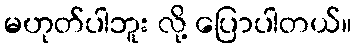
မဟုတ်ပါဘူး လို့ ပြောပါတယ်။